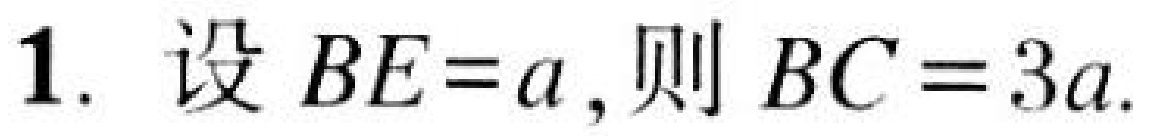
1. 设\(BE = a\), 则\(BC = 3a\).